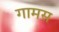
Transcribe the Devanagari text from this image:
गामस